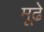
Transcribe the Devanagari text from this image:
मूढे़